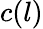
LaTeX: c(l)